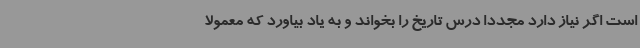
است اگر نیاز دارد مجددا درس تاریخ را بخواند و به یاد بیاورد که معمولا